Report on vaccination in the Province of Bengal - 1869-1873
Year: 1869
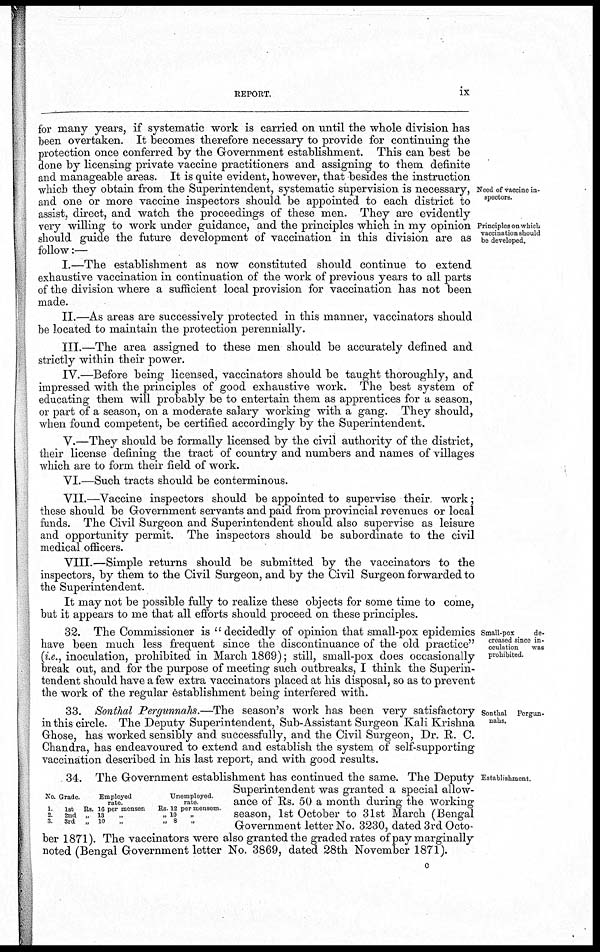
REPORT.
ix
Need of vaccine in-
spectors.
Principles on which
vaccination should
be developed.
for many years, if systematic work is carried on until the whole division has
been overtaken. It becomes therefore necessary to provide for continuing the
protection once conferred by the Government establishment. This can best be
done by licensing private vaccine practitioners and assigning to them definite
and manageable areas. It is quite evident, however, that besides the instruction
which they obtain from the Superintendent, systematic supervision is necessary,
and one or more vaccine inspectors should be appointed to each district to
assist, direct, and watch the proceedings of these men. They are evidently
very willing to work under guidance, and the principles which in my opinion
should guide the future development of vaccination in this division are as
follow:—
I.—The establishment as now constituted should continue to extend
exhaustive vaccination in continuation of the work of previous years to all parts
of the division where a sufficient local provision for vaccination has not been
made.
II.—As areas are successively protected in this manner, vaccinators should
be located to maintain the protection perennially.
III.—The area assigned to these men should be accurately defined and
strictly within their power.
IV.—Before being licensed, vaccinators should be taught thoroughly, and
impressed with the principles of good exhaustive work. The best system of
educating them will probably be to entertain them as apprentices for a season,
or part of a season, on a moderate salary working with a gang. They should,
when found competent, be certified accordingly by the Superintendent.
V.—They should be formally licensed by the civil authority of the district,
their license defining the tract of country and numbers and names of villages
which are to form their field of work.
VI.—Such tracts should be conterminous.
VII.—Vaccine inspectors should be appointed to supervise their work;
these should be Government servants and paid from provincial revenues or local
funds. The Civil Surgeon and Superintendent should also supervise as leisure
and opportunity permit. The inspectors should be subordinate to the civil
medical officers.
VIII.—Simple returns should be submitted by the vaccinators to the
inspectors, by them to the Civil Surgeon, and by the Civil Surgeon forwarded to
the Superintendent.
It may not be possible fully to realize these objects for some time to come,
but it appears to me that all efforts should proceed on these principles.
Small-pox
de-
creased since in-
oculation
was
prohibited.
32. The Commissioner is " decidedly of opinion that small-pox epidemics
have been much less frequent since the discontinuance of the old practice"
(i.e., inoculation, prohibited in March 1869); still, small-pox does occasionally
break out, and for the purpose of meeting such outbreaks, I think the Superin-
tendent should have a few extra vaccinators placed at his disposal, so as to prevent
the work of the regular establishment being interfered with.
Sonthal Pergun¬
nahs.
33. Sonthal Pergunnahs.—The season's work has been very satisfactory
in this circle. The Deputy Superintendent, Sub-Assistant Surgeon Kali Krishna
Ghose, has worked sensibly and successfully, and the Civil Surgeon, Dr. R. C.
Chandra, has endeavoured to extend and establish the system of self-supporting
vaccination described in his last report, and with good results.
Establishment.
No.
1
2
3
Grade.
1st
2nd
3rd
Employed
rate.
Ra. 16 per mensen
„ 13 „
„ 10 „
Unemployed.
rate
Rs 12 per mensem.
„ 10
., 8
34. The Government establishment has continued the same. The Deputy
Superintendent was granted a special allow-
ance of Rs. 50 a month during the working
season, 1st October to 31st March (Bengal
Government letter No. 3230, dated 3rd Octo-
ber 1871). The vaccinators were also granted the graded rates of pay marginally
noted (Bengal Government letter No. 3869, dated 28th November 1871).
c